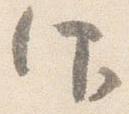
仰